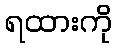
ရထားကို